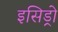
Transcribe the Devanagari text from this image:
इसिड्रो